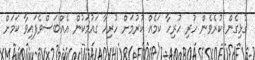
ގުޅިގެން ކުރެވެން ހުރި ހުރިހާ ކަމެއް ކުރުމަށް ހުރިހާ ގައުމަކުން އެއްބަަސްވެފައިވާ ކަމަށް